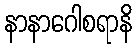
နာနာဂေါစရာနိ